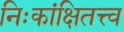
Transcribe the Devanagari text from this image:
निःकांक्षितत्त्व